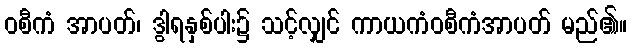
ဝစီကံ အာပတ်၊ ဒွါရနှစ်ပါး၌ သင့်လျှင် ကာယကံဝစီကံအာပတ် မည်၏။